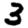
Digit: 3